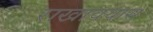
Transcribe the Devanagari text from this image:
राखावयास